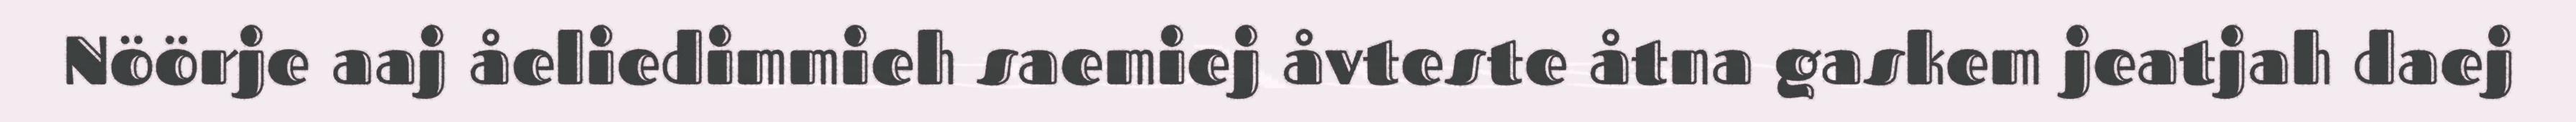
Nöörje aaj åeliedimmieh saemiej åvteste åtna gaskem jeatjah daej